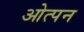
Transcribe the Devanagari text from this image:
ओत्पन